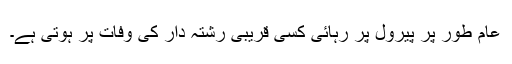
عام طور پر پیرول پر رہائی کسی قریبی رشتہ دار کی وفات پر ہوتی ہے۔